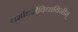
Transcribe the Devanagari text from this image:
धर्माधर्मविधायिनीम्